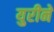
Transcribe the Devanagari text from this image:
युरीने